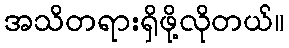
အသိတရားရှိဖို့လိုတယ်။